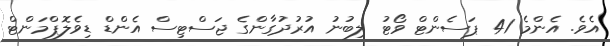
އެވެ. އެންމެ 41 ޕަސެންޓް ވޯޓު ލިބުނު އުރުދުގާންގެ ޖަސްޓިސް އެންޑް ޑިވެލޮޕްމަންޓް